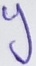
Text: y